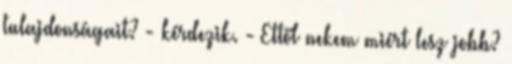
tulajdonságait? - kérdezik. - Ettől nekem miért lesz jobb?